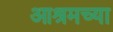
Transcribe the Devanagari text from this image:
आश्रमच्या